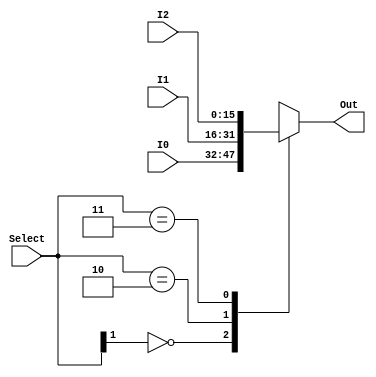
module ALU_Mux_3to1_16bit (I0, I1, I2, Select, Out);

  // ports
  input wire [15:0] I0, I1, I2;
  input wire [1:0] Select;
  output reg [15:0] Out;
  
  // internal
  reg error;
  
  always @(I0,I1, I2, Select) begin
    casex (Select)
      2'b0x: begin
        Out = I0;
        error = 0;
      end
      2'b10: begin
        Out = I1;
        error = 0;
      end
      2'b11: begin
        Out = I2;
        error = 0;
      end
      default: error=1; // Default case 
    endcase
  end

endmodule